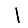
Digit: 1